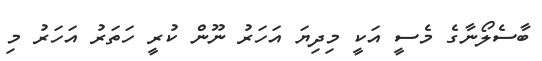
ބާސެލޯނާގެ މެސީ އަކީ މިދިޔަ އަހަރު ނޫން ކުރީ ހަތަރު އަހަރު މި